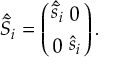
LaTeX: { \bar { v } } = v ( m _ { Z } ) = { \frac { M _ { Z } ( m _ { Z } ) \cos \theta _ { W } ( m _ { Z } ) } { [ \pi \alpha _ { 2 } ( m _ { Z } ) ] ^ { 1 / 2 } } } = ( \sqrt { 2 } G _ { F } ) ^ { - 1 / 2 } = 2 4 6 \, \mathrm { G e V } .